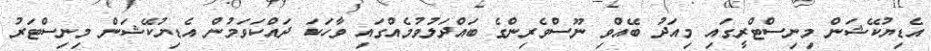
އެޑިޔުކޭޝަން މިނިސްޓްރީގައި މިއަދު ބޭއްވި ނޫސްވެރިންގެ ބައްދަލުވުމެއްގައި ވާހަކަ ދައްކަވަމުން އެޑިޔުކޭޝަން މިނިސްޓަރު